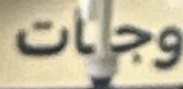
وجات